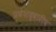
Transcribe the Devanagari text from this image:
प्रवेशद्वारीच